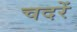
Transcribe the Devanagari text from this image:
चदरें